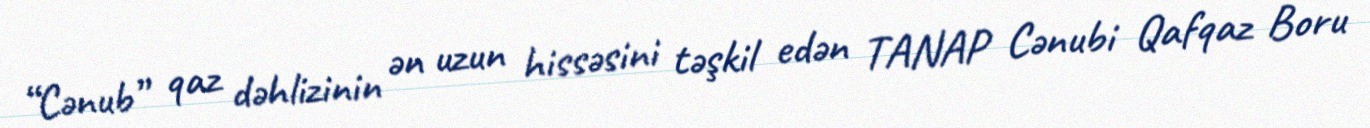
“Cənub” qaz dəhlizinin ən uzun hissəsini təşkil edən TANAP Cənubi Qafqaz Boru